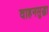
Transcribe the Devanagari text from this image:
वाहनसुद्धा